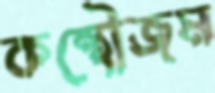
কন্থৌজম